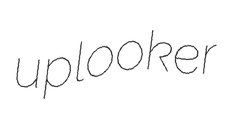
uplooker